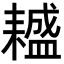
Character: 𦔤